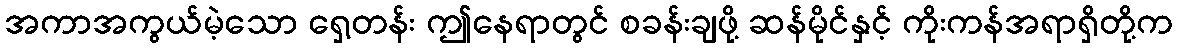
အကာအကွယ်မဲ့သော ရှေ့တန်း ဤနေရာတွင် စခန်းချဖို့ ဆန်မိုင်နှင့် ကိုးကန်အရာရှိတို့က